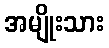
အမျိုးသား